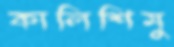
কালিশিমু